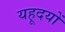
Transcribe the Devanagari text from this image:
यहूदयों